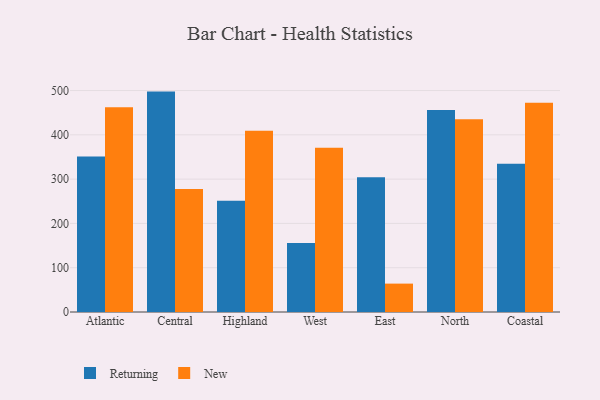
{"axis": {"x": "Region", "y": "Active Users"}, "legend": ["New", "Returning"], "data": [{"x": "Atlantic", "y": 350.8, "type": "Returning"}, {"x": "Atlantic", "y": 462.4, "type": "New"}, {"x": "Central", "y": 497.6, "type": "Returning"}, {"x": "Central", "y": 277.9, "type": "New"}, {"x": "Highland", "y": 251.2, "type": "Returning"}, {"x": "Highland", "y": 409.0, "type": "New"}, {"x": "West", "y": 155.9, "type": "Returning"}, {"x": "West", "y": 370.9, "type": "New"}, {"x": "East", "y": 304.0, "type": "Returning"}, {"x": "East", "y": 64.1, "type": "New"}, {"x": "North", "y": 456.1, "type": "Returning"}, {"x": "North", "y": 435.4, "type": "New"}, {"x": "Coastal", "y": 334.6, "type": "Returning"}, {"x": "Coastal", "y": 472.5, "type": "New"}]}